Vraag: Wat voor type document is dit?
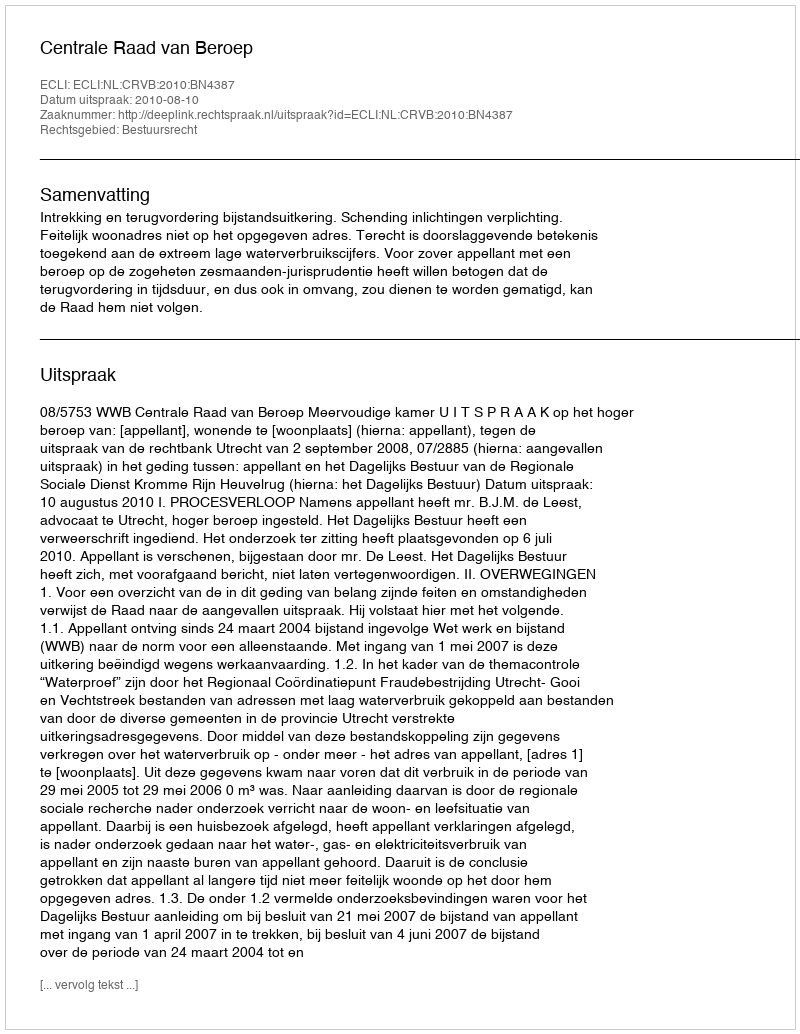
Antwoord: Uitspraak